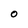
Character: O